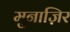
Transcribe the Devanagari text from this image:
मुनाज़िर